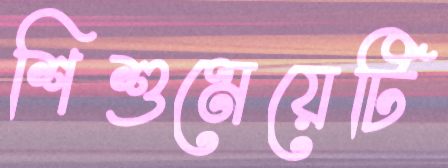
শিশুমেয়েটি